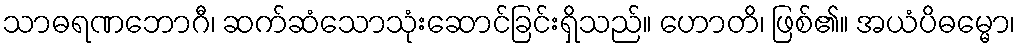
သာဓရဏဘောဂီ၊ ဆက်ဆံသောသုံးဆောင်ခြင်းရှိသည်။ ဟောတိ၊ ဖြစ်၏။ အယံပိဓမ္မော၊